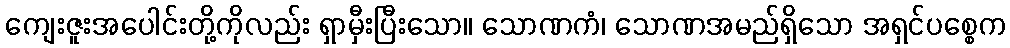
ကျေးဇူးအပေါင်းတို့ကိုလည်း ရှာမှီးပြီးသော။ သောဏကံ၊ သောဏအမည်ရှိသော အရှင်ပစ္စေက